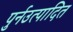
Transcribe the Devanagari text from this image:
पुर्नउत्पादित